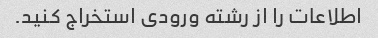
اطلاعات را از رشته ورودی استخراج کنید.